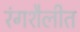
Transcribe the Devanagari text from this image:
रंगशैलीत